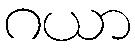
ဂယာ